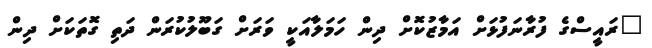
"ރައީސްގެ ފުރާނަފުޅަށް އަމާޒުކޮށް ދިން ހަމަލާއަކީ ވަރަށް ގަބޫލުކުރަން ދަތި ގޮތަކަށް ދިން